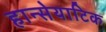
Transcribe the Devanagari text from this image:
हान्सेयाटिक